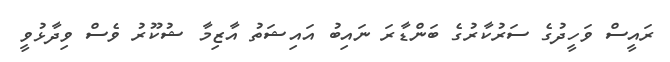
ރައީސް ވަހީދުގެ ސަރުކާރުގެ ބަންޑާރަ ނައިބު އައިޝަތު އާޒިމާ ޝުކޫރު ވެސް ވިދާޅުވީ